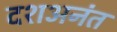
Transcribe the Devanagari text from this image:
दशअनंत